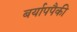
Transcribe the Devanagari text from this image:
बर्यापपैकी